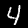
Label: 4